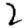
Digit: 2